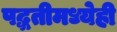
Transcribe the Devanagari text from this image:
पद्धतीमध्येही